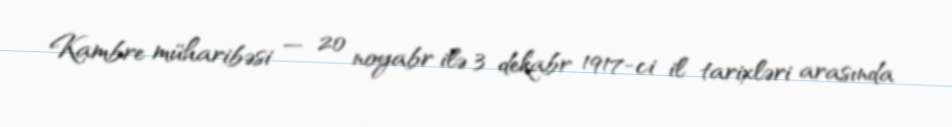
Kambre müharibəsi — 20 noyabr ilə 3 dekabr 1917-ci il tarixləri arasında